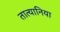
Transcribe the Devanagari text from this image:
तात्यानिया